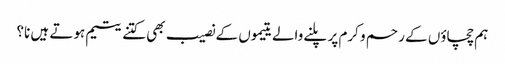
ہم چچاؤں کے رحم و کرم پر پلنے والے یتیموں کے نصیب بھی کتنے یتیم ہوتے ہیں نا؟